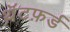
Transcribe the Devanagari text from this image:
थ़ॅटफ़र्ड